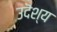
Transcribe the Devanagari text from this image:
उदॆश्य